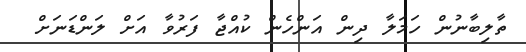
ތާލިބާނުން ހަމަލާ ދިން އަންހެން ކުއްޖާ ފަރުވާ އަށް ލަންޑަނަށް